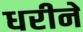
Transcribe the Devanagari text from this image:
धरीने